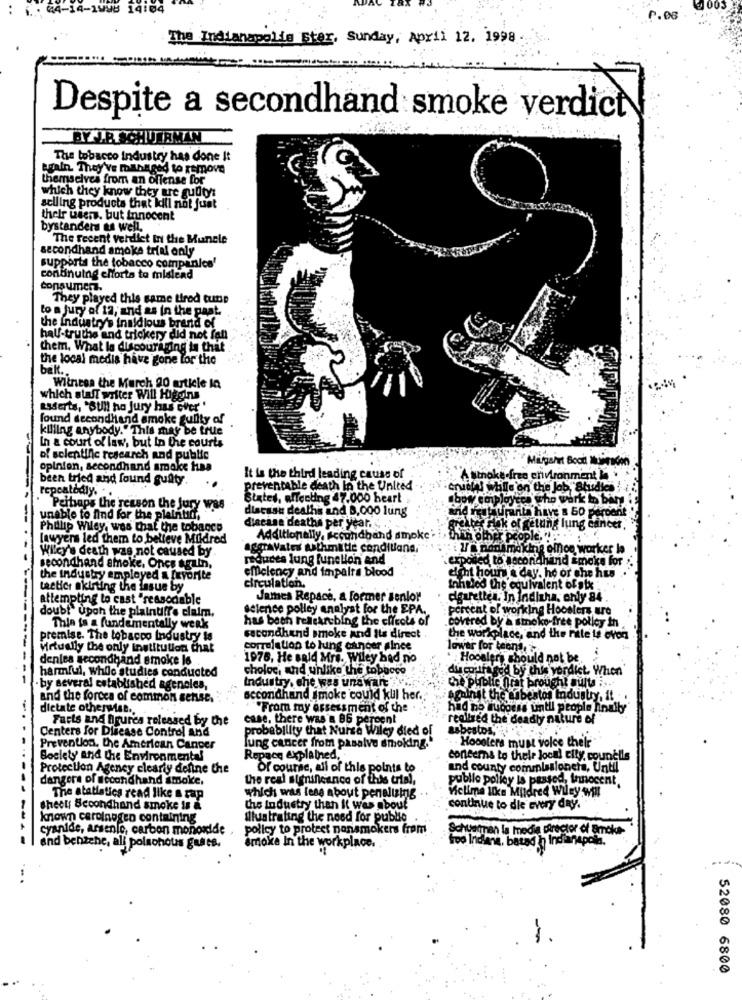
003
P.06
The Indianapolis Ster, Sunday, April 12. 1998
Despite a secondhand smoke verdict
ETTIR SCHUURMAN
The tobacco industry has done It
again. They've managed to remove
themselves from an offense for
which they know they are guilty:
selling products that kill not just
thelr users. but innocent
bystanders as well.
The recent verdict in the Muncle
secondhand smoke trial only
supports the tobacco companies'
continuing efforts to mislead
consumerz.
They played this same tired tunsp
to a jury of 12, and as in the past.
the industry's insidious brend of
half-truths and trickery did not fen
them. What la discouraging in that
the local medis have gone for the
bakt ..
Witness the March 20 article In
which staff writer Will Higgins
Esserts, "BU !! ha Jury has ever"
found secondhand smoke guilty of
killing anybody." This may be true
In a court of law, but in the courts
of scientific research and public
Millgalet Bood Murscon
opinion, secondhand smoke tua
been tried and found guilty.
It is the third leading cause of
Attnokedfree environment is +
repeatedly.
preventable death In the United
-cruces while on the Job" Studies !
Sixtes, affecting 47.000 heart
Iboy employcce who work to bar!
Peitsaps the reason the Jury was
discuss deaths and 0,000 lung
nd restauranta h
unable to find for the plaintid.
8 50 perdent
Phillip Wiley, was that the tobacco
diecine deaths per year.
Faites Flik of getting lung cancer,
lawyers led them to believe Mildred
Additionally, secondhand smoke
DET People
Wilcy's death was not caused by
aggravates withmitie condluana."
2/ 8 nodimakine omhoe worker la
reduces lung function and
exposed to secondhibrid smoke for :.
secondhand smoke. Once again.
efficiency and impairs blood
dieht hours a day. he or che his .
the industry employed a Irvorite
circulation.
tactics skirting the lasue by
Inhaled the equivalent of six
attempting to cast "reasonable
James Repace, a former senior
cigarettes. In Indiaha, only 84
doubt" Upon the plaintiff. claim.
selence polley analyst for the EPA.
percent of working Hoosiers uro
has been rellean bing the effects of
covered by a smoke free policy in
Thin to a fundamentally weak
premise. The tobacco Industry is
secondhand smoke and Its direct
the workplace, and the rate te evon
Virtually the only institution chat
correlation to lung cancer since
lower for teens,
denles secondhand smoke 16
1976, He said Mrs. Wiley bad no
: Hoosiers should not be
choloc, and unlike the tobacco
du coura ged by this verdict. When
harmful, while studies conducted
Industry, che was unaware ..
che publie nrat brought multa is.
- by several established agencies,
and the forces of common sense.
secondhand smoke could kul her .. "
against the asbestos Industry, it .
dietate otherwise ..
"From my assessment of the
had no success until people finally
Facts and figures released by the
case. there was's 86 percent
realized the deadly nature of
Centers for Disease Control and
probability that Nurse Wiley died of
Hoooters must yolce thelr
Prevention. the American Canper
lung cancer from pasalve smoking."
Boslety and the Environmental
Repace explathed,
concerns to their Joon! city councils
Protection Agency clearly define the
Of course, all of this points to
and county commissioners, Until
dangers of secondhand smoke.
the real significance of this trial,
public policy is passed, Innocent
Kelime like Mildred Wiley will
The statistics read like s rap
which was less about penalizing
Sheet: Secondhand smoke Is a
the Industry than It was about
continue to die every day.
known carolnogen containing
Illustrating the need for public
cyanide, arsenic, carbon monoxide ,
policy to protect nonsmokers from
chosenen la media director of Smoke-
Broke In the workplace.
Indiana, basado Indianapolis.
and benzche, all polsohous guats.
52080 6800